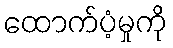
ထောက်ပံ့မှုကို